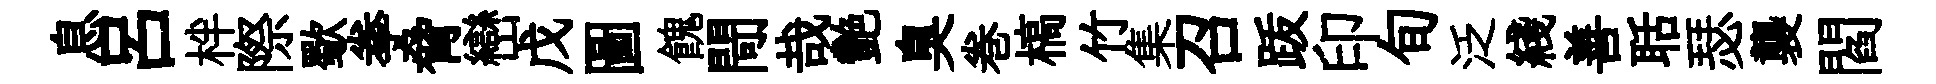
息呂柈際歜拳脅巒戊圖餽閜哉艷臭巻槁竹集召䟦印旬泛綫善聒瑟襲閻